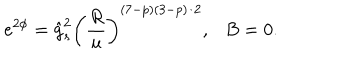
e ^ { 2 \phi } = \hat { g } _ { s } ^ { 2 } \left( \frac { R } { u } \right) ^ { ( 7 - p ) ( 3 - p ) / 2 } , \ \ \ B = 0 .